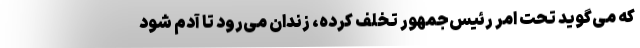
که می‌گوید تحت امر رئیس‌جمهور تخلف کرده، زندان می‌رود تا آدم شود